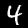
Digit: 4